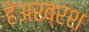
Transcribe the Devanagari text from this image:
हेअरब्रश